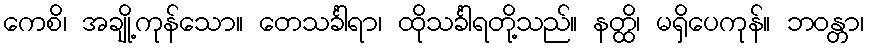
ကေစိ၊ အချို့ကုန်သော။ တေသင်္ခါရာ၊ ထိုသင်္ခါရတို့သည်။ နတ္ထိ၊ မရှိပေကုန်။ ဘဝန္တာ၊